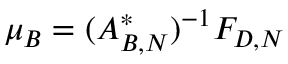
\mu _ { B } = ( A _ { B , N } ^ { * } ) ^ { - 1 } F _ { D , N }